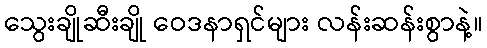
သွေးချိုဆီးချို ဝေဒနာရှင်များ လန်းဆန်းစွာနဲ့။